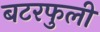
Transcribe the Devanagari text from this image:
बटरफुली